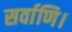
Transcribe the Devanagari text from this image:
सर्वाणि।